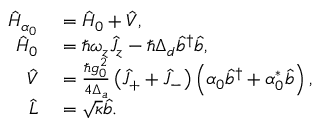
\begin{array} { r l } { \hat { H } _ { \alpha _ { 0 } } } & { { } = \hat { H } _ { 0 } + \hat { V } , } \\ { \hat { H } _ { 0 } } & { { } = \hbar \omega _ { z } \hat { J } _ { z } - \hbar \Delta _ { d } \hat { b } ^ { \dagger } \hat { b } , } \\ { \hat { V } } & { { } = \frac { \hbar g _ { 0 } ^ { 2 } } { 4 \Delta _ { a } } \left( \hat { J } _ { + } + \hat { J } _ { - } \right) \left( \alpha _ { 0 } \hat { b } ^ { \dagger } + \alpha _ { 0 } ^ { * } \hat { b } \right) , } \\ { \hat { L } } & { { } = \sqrt { \kappa } \hat { b } . } \end{array}